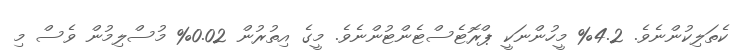
ކެތަލިކުންނެވެ. 4.2% މީހުންނަކީ ޕްރޮޓެސްޓެންޓުންނެވެ. މީގެ އިތުރުން 0.02% މުސްލިމުން ވެސް މި